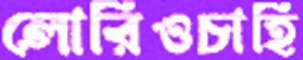
লোরিওচাহি